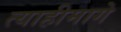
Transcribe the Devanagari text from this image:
त्याहीमागे